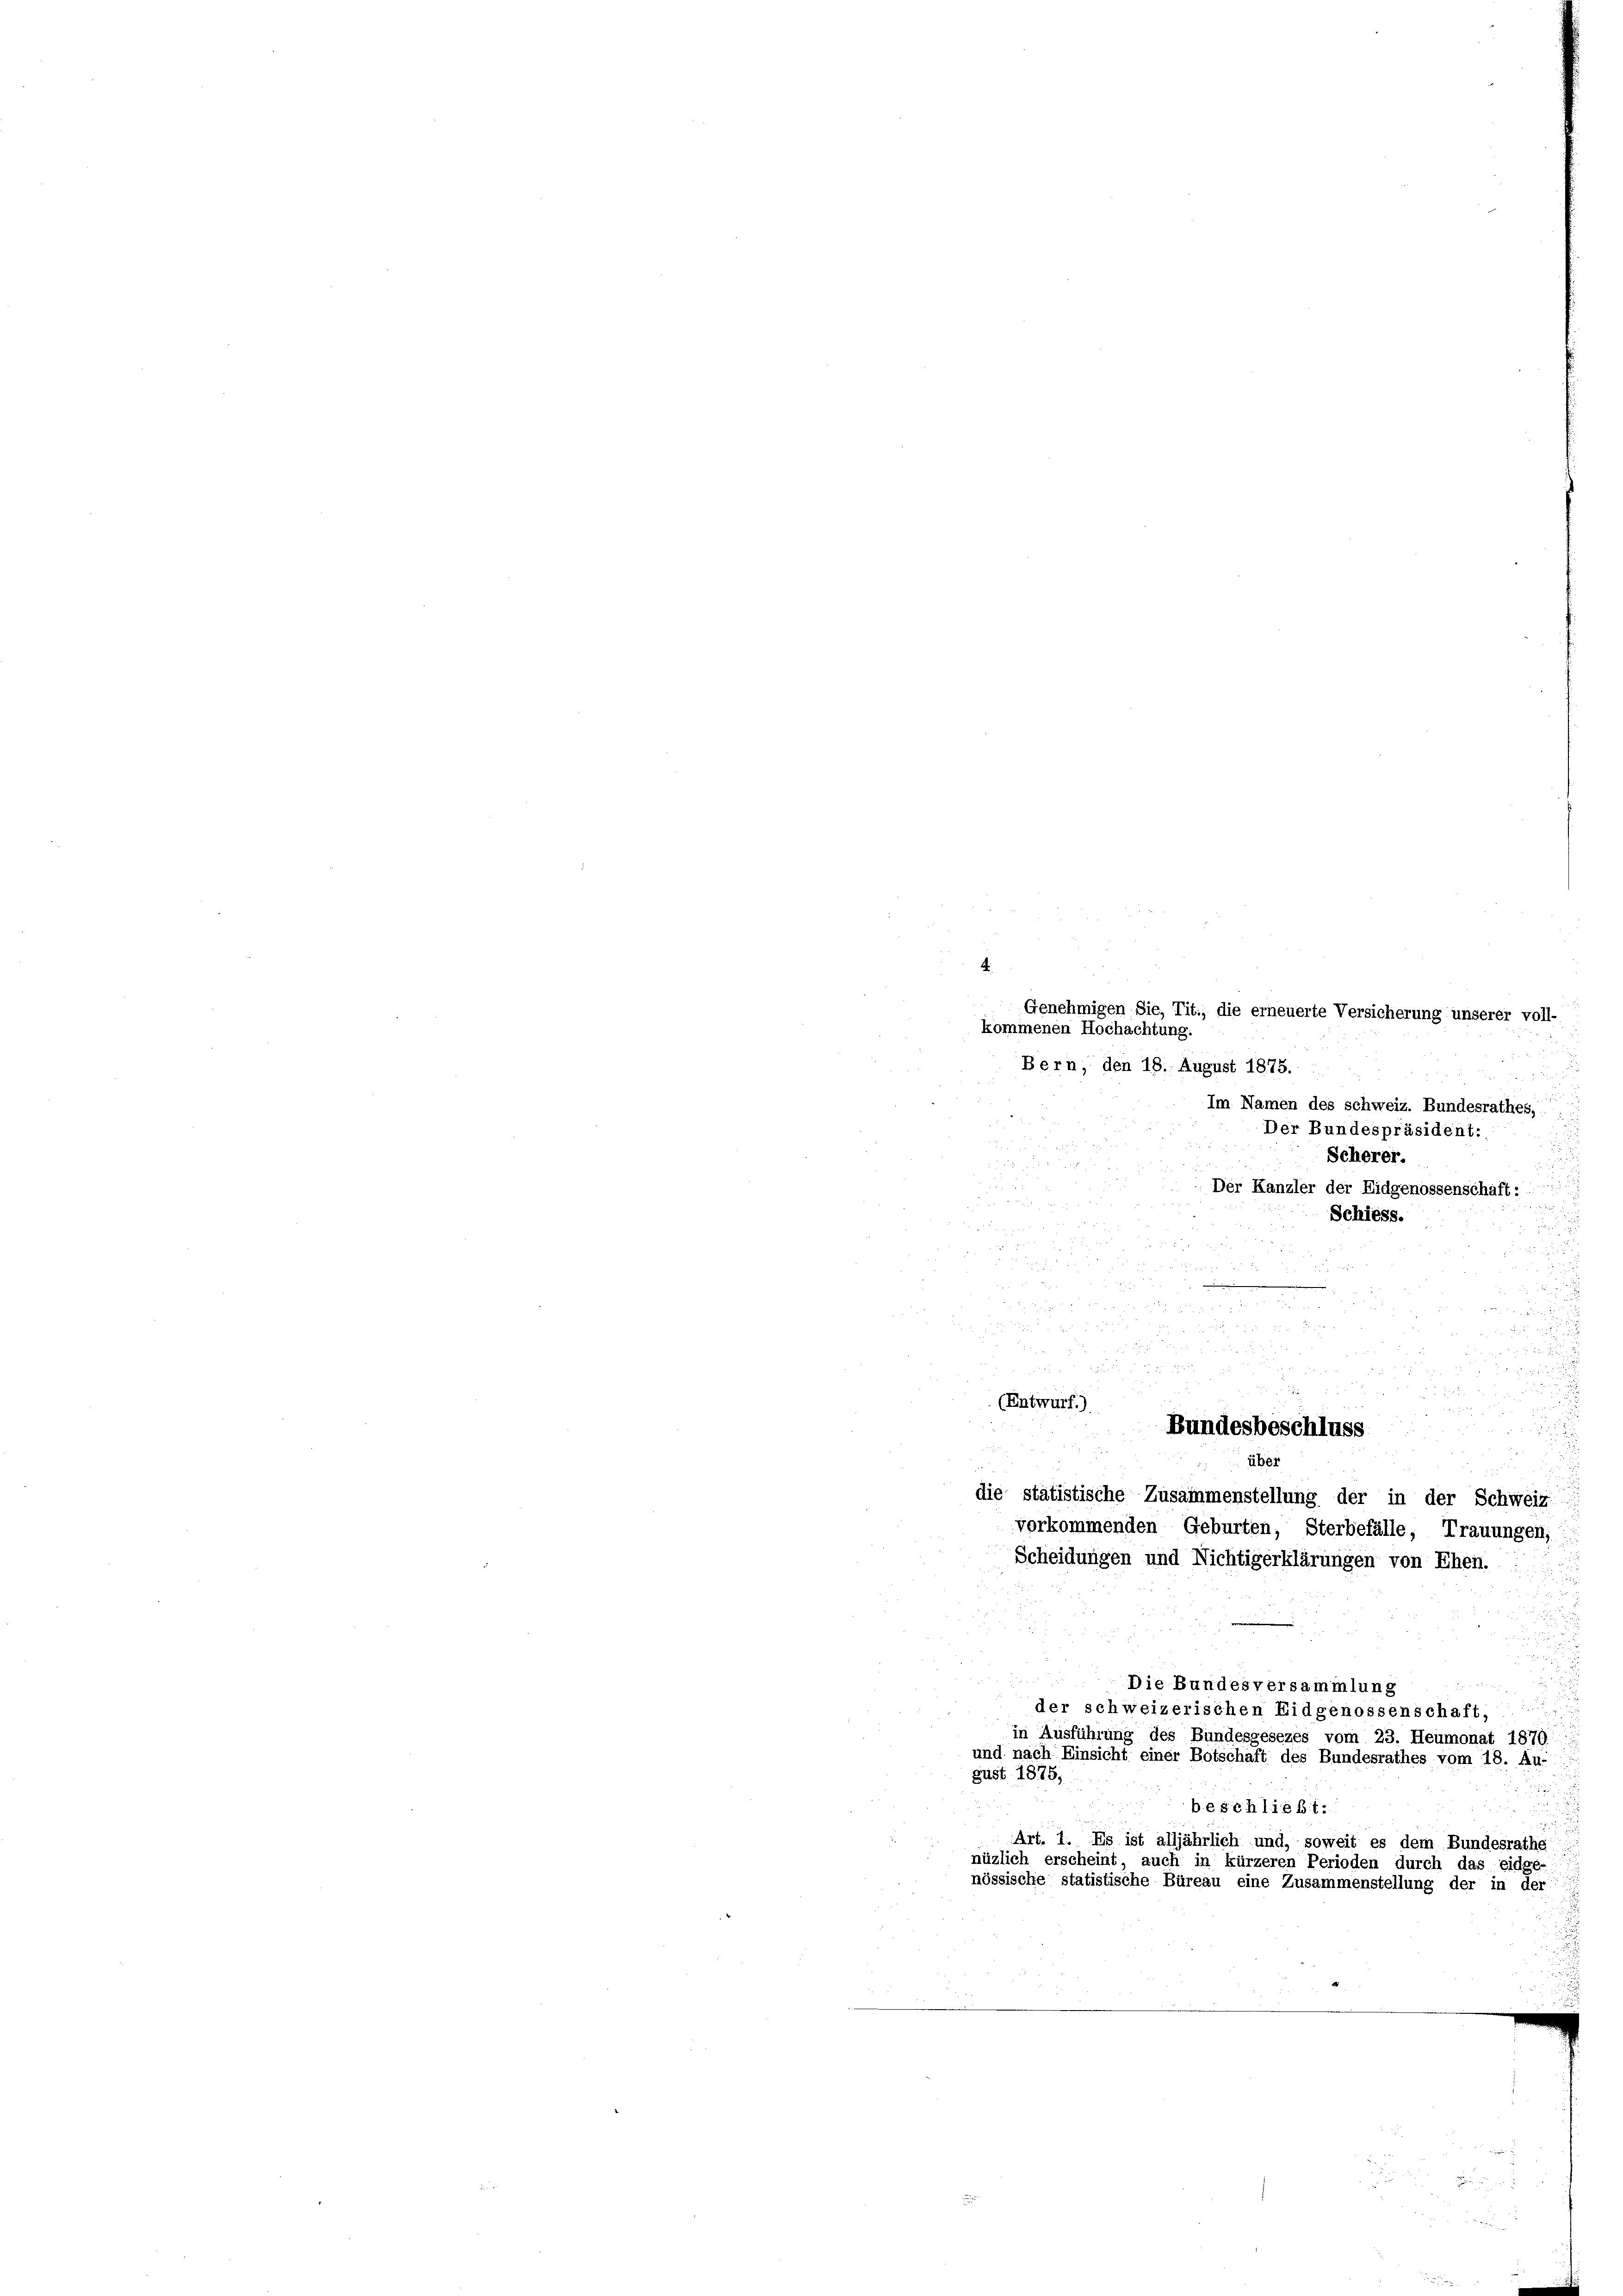
4
Im Namen des schweiz. Bundesrathes,

Schiess.
 88
u
 x
d

e

 f 0 x
xx

 2 x
(Entwurf.)

2
über
die stätistische Zusammenstellung der in der Schweiz
vorkommenden Geburten, Sterbefälle, Trauungen,
Scheidungen und Nichtigerklärungen von Ehen.
.
Die Bundesversammlung
der schweizerischen Eidgenossenschaft,
in Ausführung des Bundesgesezes vom 23. Heumonat 1870.
und nach Einsicht einer Botschaft des Bundesrathes vom 18. Au-
gust 1875,
n
beschließt:
Art. 1. Es ist alljährlich und, soweit es dem Bundesrathe
nüzlich erscheint, auch in kürzeren Perioden durch das eidge-
nössische statistische Büreau eine Zusammenstellung der in der

Genehmigen Sie, Tit., die erneuerte Versicherung unserer voll-
kommenen Hochachtung.
Bern, den 18. August 1875.
Der Bundespräsident:
Scherer.
Der Kanzler der Eidgenossenschaft:

Bundesbeschluss

r